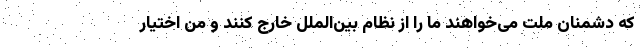
که دشمنان ملت می‌خواهند ما را از نظام بین‌الملل خارج کنند و من اختیار